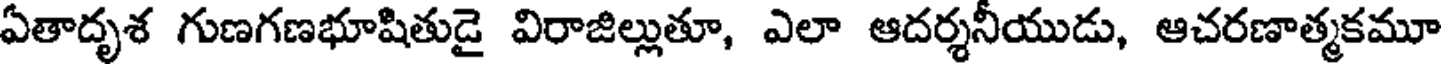
ఏతాదృశ గుణగణభూషితుడై విరాజిల్లుతూ, ఎలా ఆదర్శనీయుడు, ఆచరణాత్మకమూ